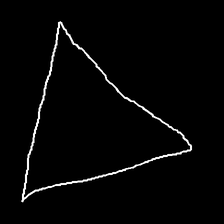
Glyph: convergence